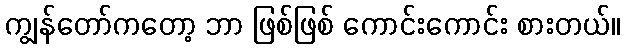
ကျွန်တော်ကတော့ ဘာ ဖြစ်ဖြစ် ကောင်းကောင်း စားတယ်။